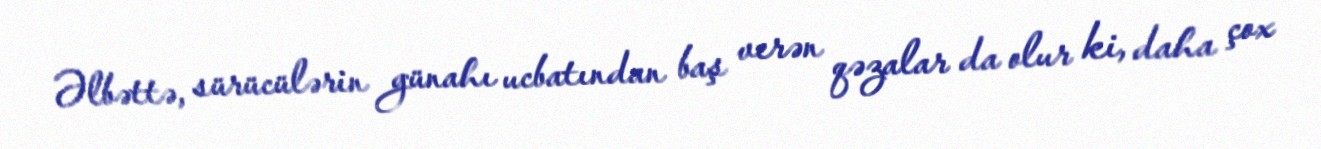
Əlbəttə, sürücülərin günahı ucbatından baş verən qəzalar da olur ki, daha çox